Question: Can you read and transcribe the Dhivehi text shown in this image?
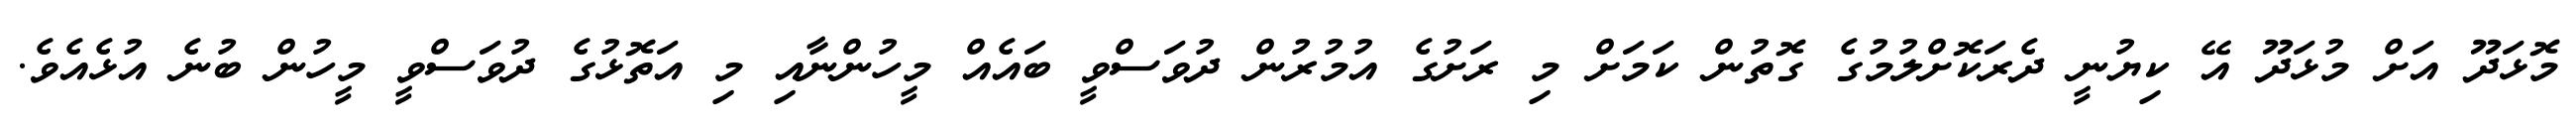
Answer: މޮޅަދޫ އަށް މުޅަދޫ އޭ ކިޔުނީ ދެރަކޮށްލުމުގެ ގޮތުން ކަމަށް މި ރަށުގެ އުމުރުން ދުވަސްވީ ބައެއް މީހުންނާއި މި އަތޮޅުގެ ދުވަސްވީ މީހުން ބުނެ އުޅެއެވެ.